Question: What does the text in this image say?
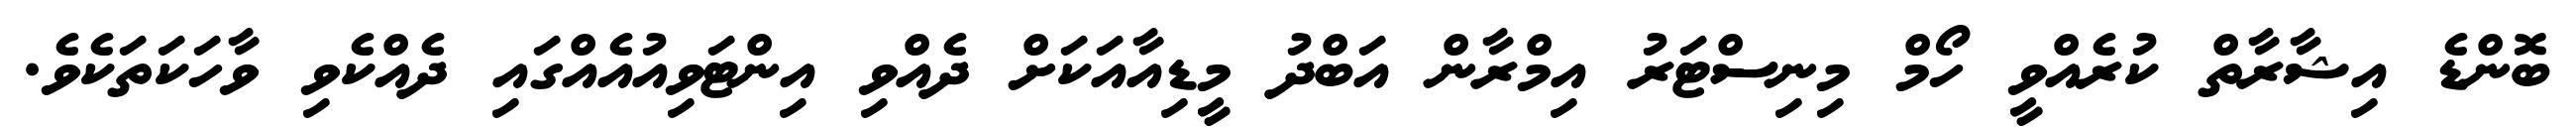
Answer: ބޮންޑެ އިޝާރާތް ކުރެއްވީ ހޯމް މިނިސްޓަރު އިމްރާން އަބްދު މީޑިއާއަކަށް ދެއްވި އިންޓަވިއުއެއްގައި ދެއްކެވި ވާހަކަތަކެވެ.